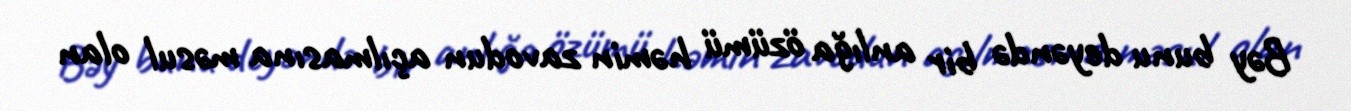
Bəy bunu deyəndə bir anlığa özümü həmin zavodun açılmasına məsul olan